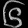
Digit: ၆